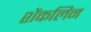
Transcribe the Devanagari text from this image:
शेंकलिन